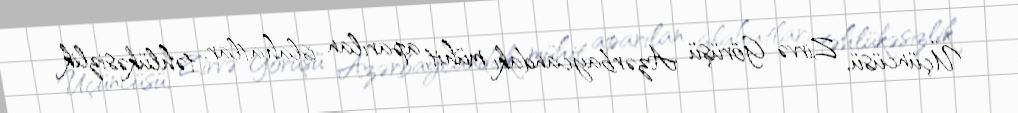
Üçüncüsü, Zirvə Görüşü Azərbaycandakı mühit, aparılan islahatlar, təhlükəsizlik